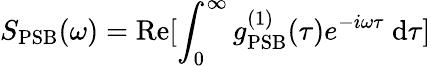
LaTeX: S_{\mathrm{PSB}}(\omega)=\mathrm{Re}[\int_{0}^{\infty}g_{\mathrm{PSB}}^{(1)}(\tau)e^{-i\omega\tau}~\mathrm{d}\tau]